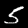
Label: 5